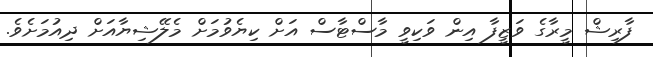
ފާރިޝް މީރާގެ ވަޒީފާ އިން ވަކިވީ މާސްޓާސް އަށް ކިޔެވުމަށް މެލޭޝިޔާއަށް ދިއުމަށެވެ.